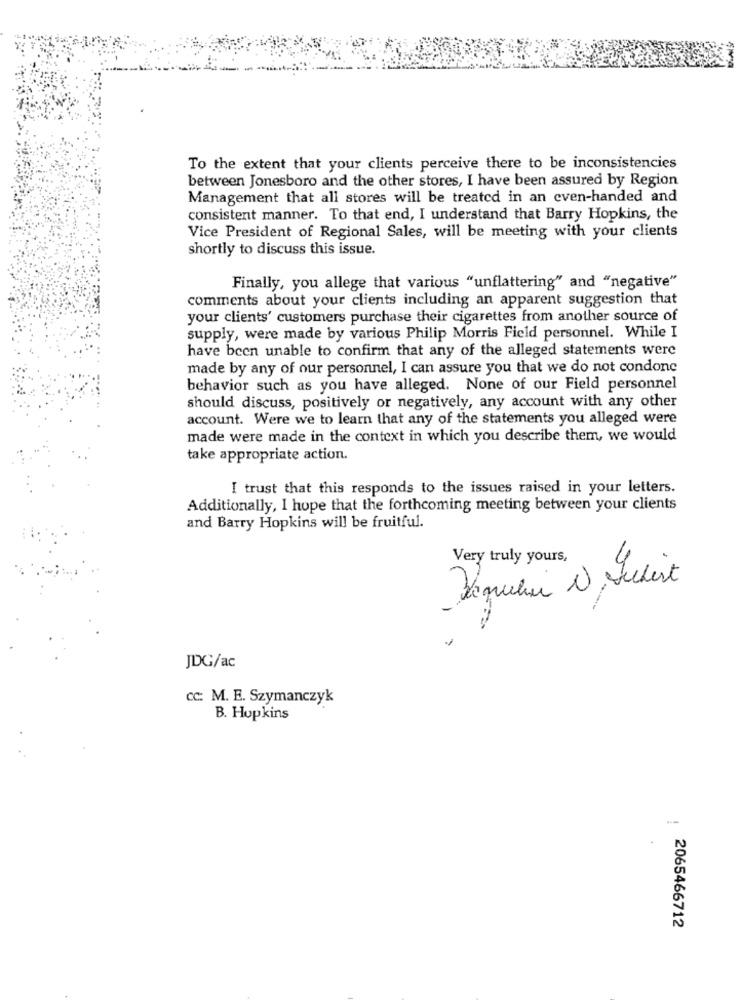
To the extent that your clients perceive there to be inconsistencies
between Jonesboro and the other stores, I have been assured by Region
Management that all stores will be treated in an even-handed and
consistent manner. To that end, I understand that Barry Hopkins, the
Vice President of Regional Sales, will be meeting with your clients
shortly to discuss this issue.
Finally, you allege that various "unflattering" and "negative"
comments about your clients including an apparent suggestion that
your clients' customers purchase their cigarettes from another source of
supply, were made by various Philip Morris Field personnel. While I
have been unable to confirm that any of the alleged statements were
made by any of our personnel, I can assure you that we do not condone
behavior such as you have alleged. None of our Field personnel
should discuss, positively or negatively, any account with any other
account. Were we to learn that any of the statements you alleged were
made were made in the context in which you describe them, we would
take appropriate action.
I trust that this responds to the issues raised in your letters.
Additionally, I hope that the forthcoming meeting between your clients
and Barry Hopkins will be fruitful.
Very truly yours,
JDG/ac
cc: M. E. Szymanczyk
B. Hopkins
2065466712